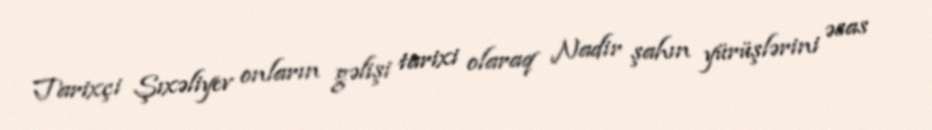
Tarixçi Şıxəliyev onların gəlişi tarixi olaraq Nadir şahın yürüşlərini əsas